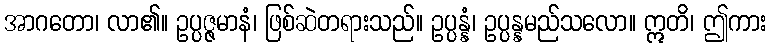
အာဂတော၊ လာ၏။ ဥပ္ပဇ္ဇမာနံ၊ ဖြစ်ဆဲတရားသည်။ ဥပ္ပန္နံ၊ ဥပ္ပန္နမည်သလော။ ဣတိ၊ ဤကား